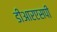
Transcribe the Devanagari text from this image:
डीआरएसपी